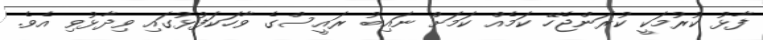
ފާޅު ކުރުމަކީ ކުރަންޖެހޭ ކަމެއް ކަމަށް ނައިބު ރައީސްގެ ވާހަކަފުޅުގައި ވިދާޅުވި އެވެ.